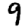
Digit: 9